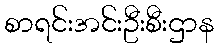
စာရင်းအင်းဦးစီးဌာန